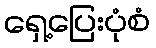
ရှေ့ပြေးပုံစံ